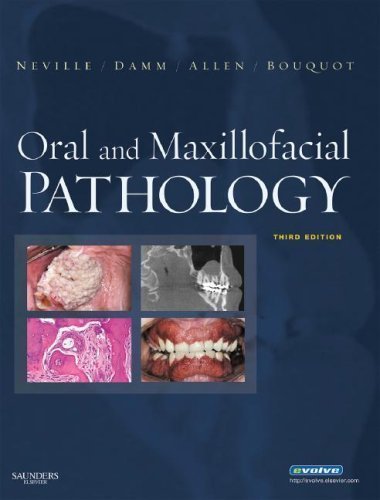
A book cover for Oral and Maxillofacial Pathology, 3e (Neville, Oral and Maxillofacial Pathology) 3rd (third) Edition by Neville, Brad W., Damm, Douglas D., Allen, Carl, Bouquot, Je (2008); Medical Books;